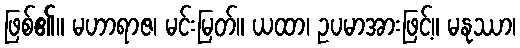
ဖြစ်၏။ မဟာရာဇ၊ မင်းမြတ်။ ယထာ၊ ဥပမာအားဖြင့်။ မနုဿာ၊